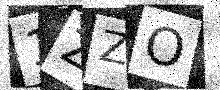
Text: 1ZZO